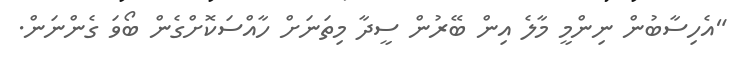
"އެހިސާބުން ނިންމީ މާލެ އިން ބޭރުން ސީދާ މިތަނަށް ހާއްސަކޮށްގެން ބޯވަ ގެންނަން.